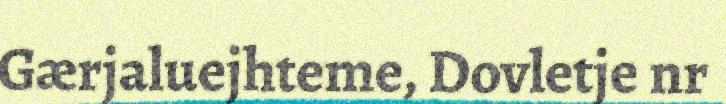
Gærjaluejhteme, Dovletje nr